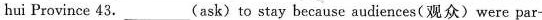
hui Рrovince 43. ___ (ask) to stay because audiences(观众〉were par-